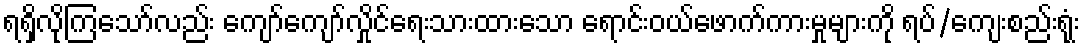
ရရှိလိုကြသော်လည်း ကျော်ကျော်လှိုင်ရေးသားထားသော ရောင်းဝယ်ဖောက်ကားမှုများကို ရပ်/ကျေးစည်းရုံး